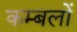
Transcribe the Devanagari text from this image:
कम्बलों